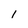
Character: 1